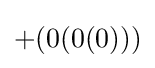
+(0(0(0)))